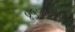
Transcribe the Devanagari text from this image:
४५७६६१